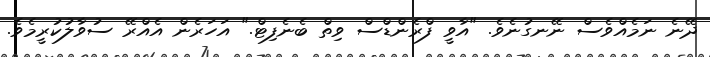
ދޭނެ ނަމެއްވެސް ނޭނގުނެވެ. "އާވީ ފްރެންޑްސް ވިތް ބެނެފިޓް." އަހަރެން އެއްރޭ ސުވާލުކުރީމެވެ.